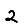
Digit: 2